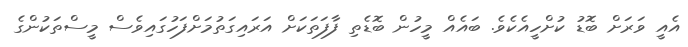
އެއީ ވަރަށް ބޮޑު ކުށްހީއެކެވެ. ބައެއް މީހުން ބޮޑެތި ފާފަތަކަށް އަރައިގަތުމަށްފަހުގައިވެސް މީސްތަކުންގެ